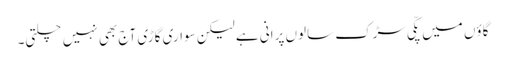
گاؤں میں پکّی سڑک سالوں پرانی ہے لیکن سواری گاڑی آج بھی نہیں چلتی۔